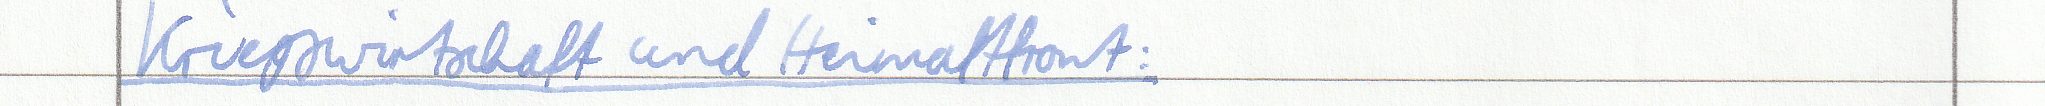
Kriegswirtschaft und Heimatfront: